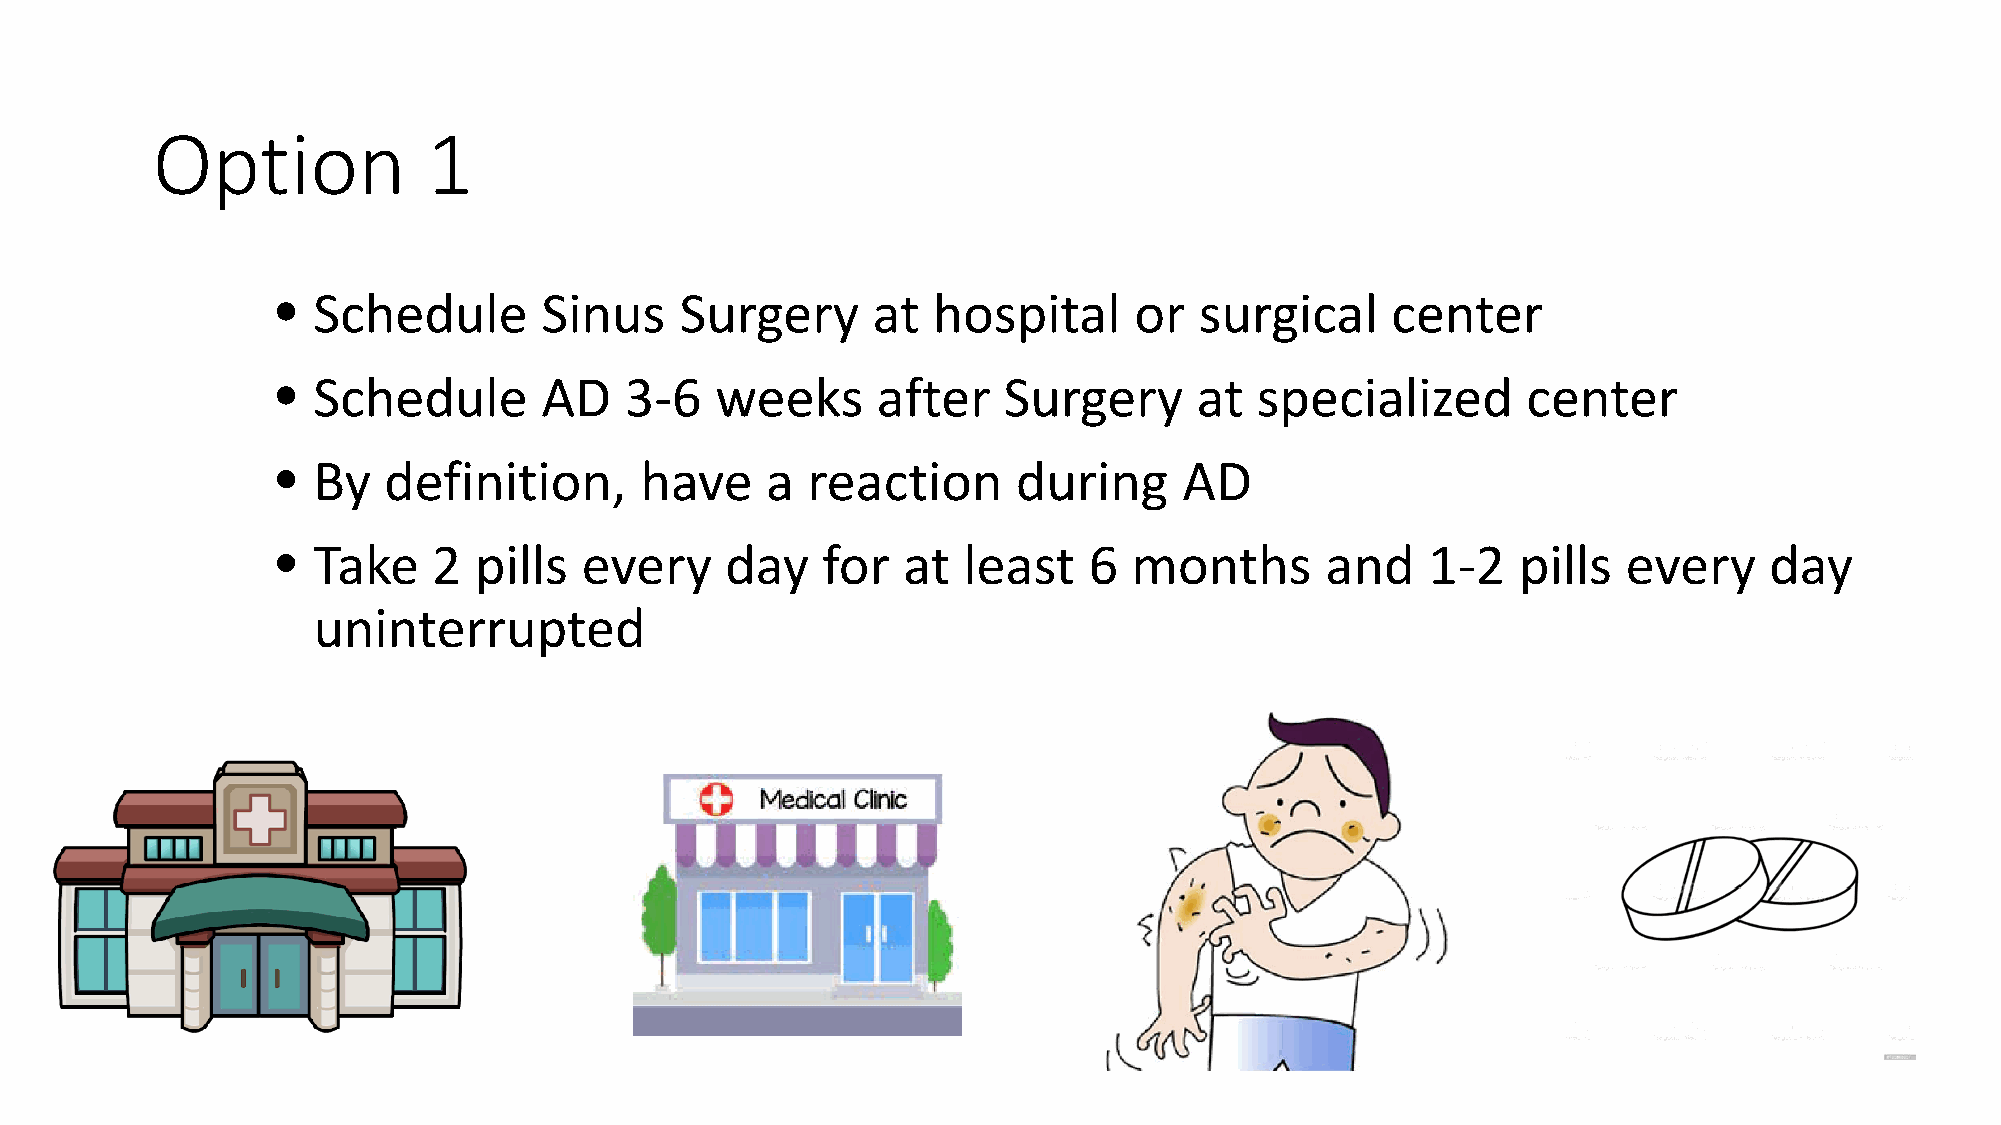
Option            1
 •  Schedule       Sinus    Surgery      at  hospital     or  surgical     center
 •  Schedule       AD   3-6   weeks      after   Surgery      at  specialized       center
 •  By  definition,      have     a reaction      during     AD
 •  Take    2 pills  every     day   for   at  least   6  months       and    1-2   pills  every    day
 uninterrupted